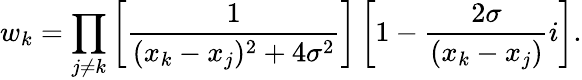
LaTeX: w_{k}=\prod_{j\neq k}\left[{\frac{1}{(x_{k}-x_{j})^{2}+4\sigma^{2}}}\right]\left[1-{\frac{2\sigma}{(x_{k}-x_{j})}}i\right].